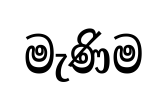
මැණිම